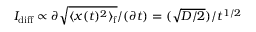
I _ { \mathrm { d i f f } } \propto \partial \sqrt { \langle x ( t ) ^ { 2 } \rangle _ { \mathrm { f } } } / ( \partial t ) = ( \sqrt { D / 2 } ) / t ^ { 1 / 2 }